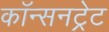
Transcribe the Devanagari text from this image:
कॉन्सनट्रेट